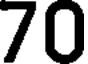
70